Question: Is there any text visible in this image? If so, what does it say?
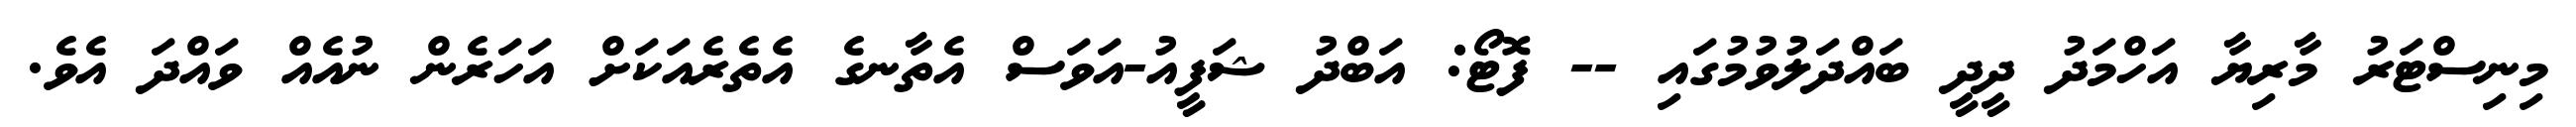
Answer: މިނިސްޓަރު މާރިޔާ އަހްމަދު ދީދީ ބައްދަލުވުމުގައި -- ފޮޓޯ: އަބްދު ޝަފީއު-އަވަސް އެތާނގެ އެތެރެއަކަށް އަހަރެން ނުއެއް ވައްދަ އެވެ.